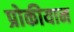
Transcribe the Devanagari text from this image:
प्रोकीयान